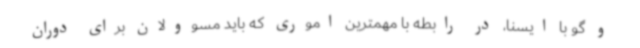
و گو با ایسنا، در رابطه با مهمترین اموری که باید مسوولان برای دوران